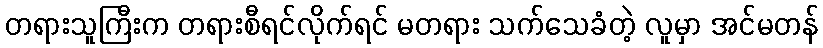
တရားသူကြီးက တရားစီရင်လိုက်ရင် မတရား သက်သေခံတဲ့ လူမှာ အင်မတန်